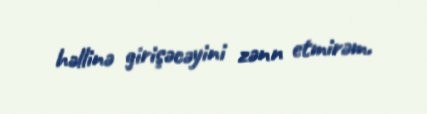
həllinə girişəcəyini zənn etmirəm.